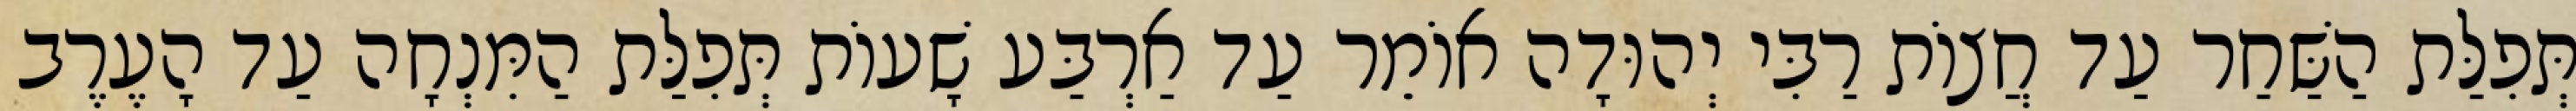
תְּפִלַּת הַשַּׁחַר עַד חֲצוֹת רַבִּי יְהוּדָה אוֹמֵר עַד אַרְבַּע שָׁעוֹת תְּפִלַּת הַמִּנְחָה עַד הָעֶרֶב